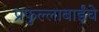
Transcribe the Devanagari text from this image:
प्रफुल्लाबाईंचे